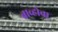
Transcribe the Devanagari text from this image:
ब्राव्होचा